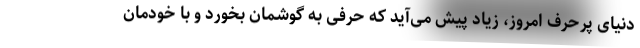
دنیای پرحرف امروز، زیاد پیش می‌آید که حرفی به گوشمان بخورد و با خودمان